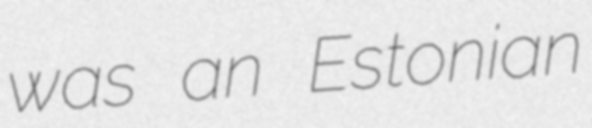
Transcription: was an Estonian